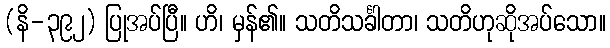
(နိ-၃၉၂) ပြုအပ်ပြီ။ ဟိ၊ မှန်၏။ သတိသင်္ခါတာ၊ သတိဟုဆိုအပ်သော။